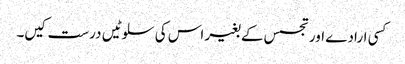
کسی ارادے اور تجسس کے بغیر اس کی سلوٹیں درست کیں۔